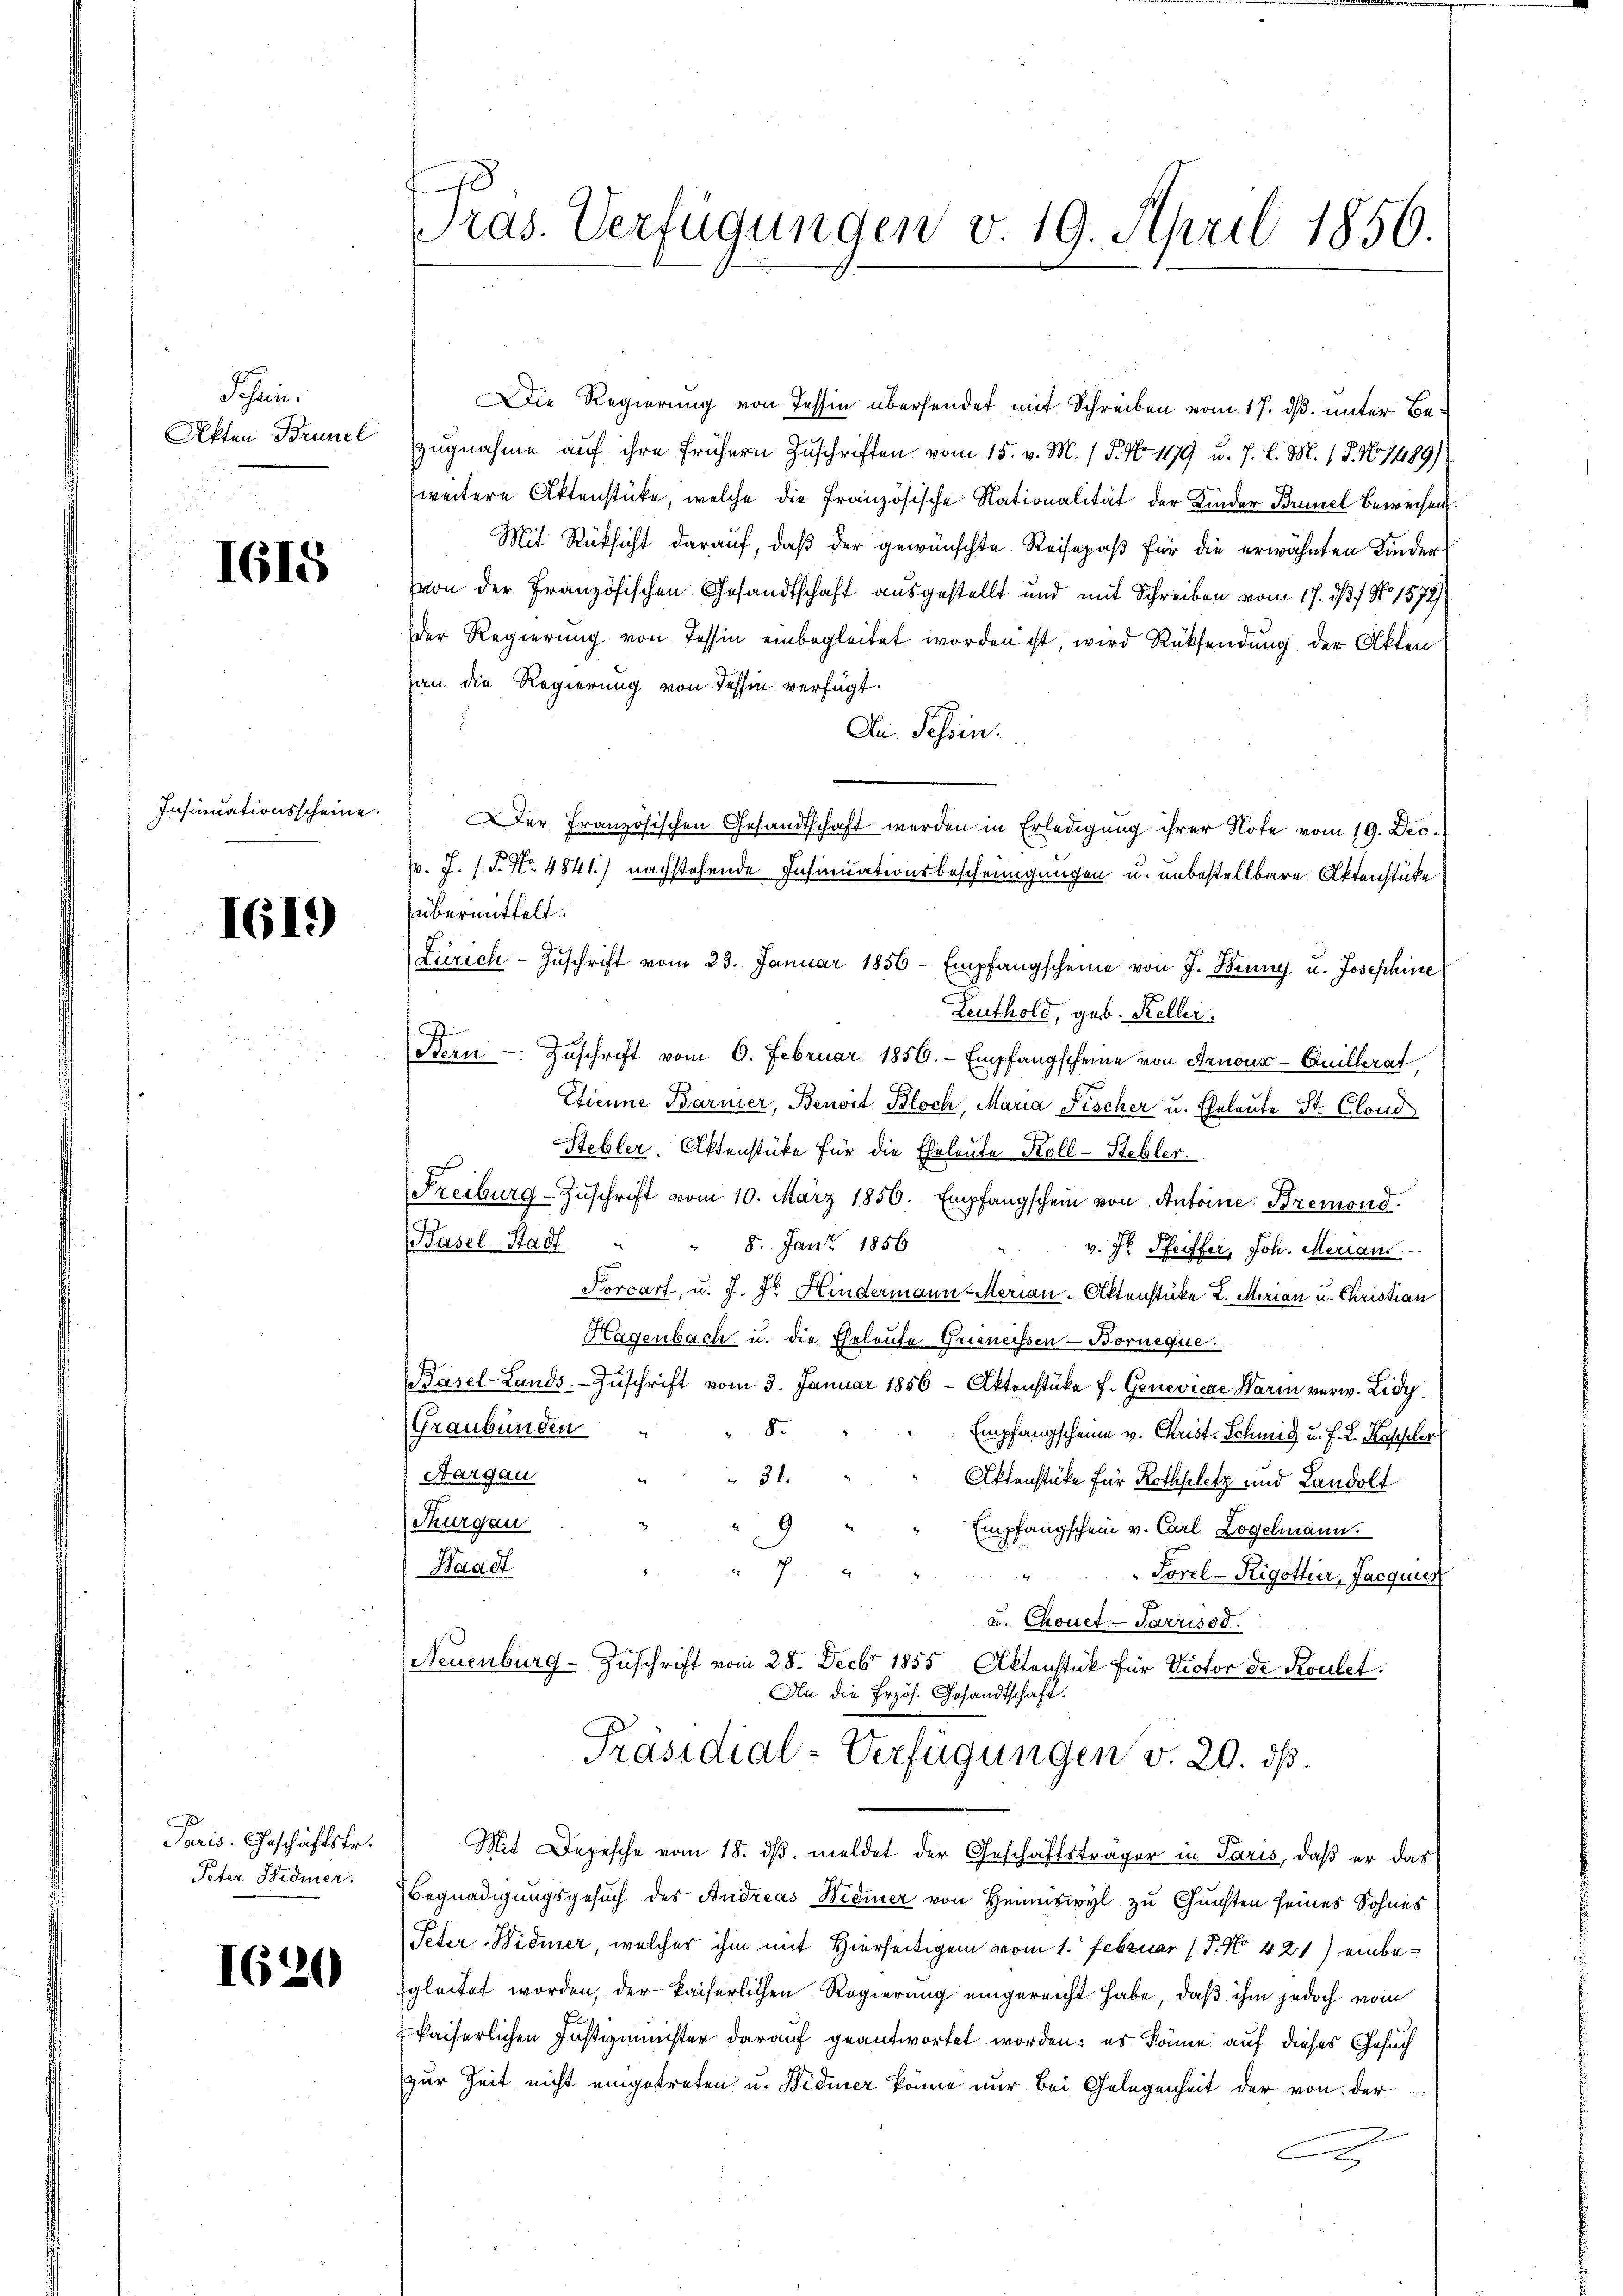
Schrein.
Akten Brünel

1615

Insinuationsscheine.

1615)

Paris. Geschäftsfr.
Peter Widmer.

1620

t
ras. Verfügungen v. 19. April 1850.

Die Regierung von Tessin übersendet mit Schreiben vom 17. dß. unter Bezugnahme auf ihre frühern Zuschriften vom 15. v. M. / P. No 1179 u. 7 l. M. / 5. No 14189)
weitere Aktenstücke, welche die Französische Nationalität der Kinder Brunel Beweisen.
Mit Rüksicht darauf, daß der gewünschte Reisepaß für die erwähnten Kinder
von der Französischen Gesandtschaft ausgestellt und mit Schreiben vom 17. ds N. 1572)
der Regierung von Tessin einbegleitet worden ist, wird Rücksendung der Akten
han die Regierung von Tessin verfügt:
Dn. Tessin.
Der Französischen Gesandtschaft werden in Erledigung ihrer Note vom 19. Dec.
v. J. (T. No 4841.) nachstehende Insinuationsbescheinigungen u. unbestellbare Aktenstücke
übermittelt:
Zürich- Zŭschrift vom 23. Januar 1856 - Empfangscheine von J. Benny u. Josephine
Leuthold, geb. Keller.
Bern Zuschrift vom 6. Februar 1856. Empfangscheine von Arnoux-Quilleraf
Etienne Barmer, Benoit Bloch, Maria Fischer u. Eheleute St. Clond
Stebler. Aktenstüke für die Eheleute Koll-Steller.
s
Freiburg-Zŭschrift vom 10. März 1856. Empfangschein von Antoine Bremond.
Hasel-Stadt
" 8. Jan. 1856
v. Dr. Pfeiffer, Joh. Merians.
Forcarf, u. J. Dr Hindermann-Merian. Aktenstücke L. Merian u. Christian
Hagenbach u. die Eheleute Grienissen- Borneque
Basel-Lands. Zŭschrift vom 3. Januar 1856 Aktenstüke f. Genevicar Warm verw. Lidy¬
Graubünden
8.
Empfangscheine v. Christ-Schmid u. F. L. Kasseler
31.
Aargau "
Aktenstüke für Rothplatz und Landolt
Thurgau
9
Empfangschein v. Carl Logelmann.
.
Waadt
4
Sorel-Rigothier, Jacquier
7
u. Chonet-Sarrisod.
Neuenburg - Zuschrift vom 28. Decbr 1855 Aktenstück für Victor de Koulet
An die Erzös. Gesandtschaft.
Präsidial-Verfügungen v. 20. ds.
Mit Depesche vom 18. dβ. meldet der Geschäftsträger in Paris, daß er das
Begnadigungsgesuch des Andreas Widmer von Heimiswyl zu Gunsten seines Sohnes
Feder Widmer, welcher ihm mit Hierseitigem vom 1. Februar (T. No 421) einbegleitet worden, der kaiserlichen Regierung eingereicht habe, daß ihm jedoch vom
kaiserlichen Justizminister darauf geantwortet worden; es könne auf dieses Gesuch
zur Zeit nicht eingetreten u. Widmer könne nur bei Gelegenheit der von der